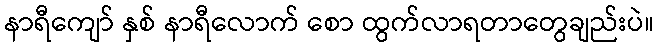
နာရီကျော် နှစ် နာရီလောက် စော ထွက်လာရတာတွေချည်းပဲ။